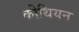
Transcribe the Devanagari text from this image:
कीथियन